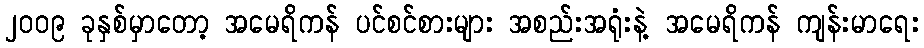
၂၀၀၉ ခုနှစ်မှာတော့ အမေရိကန် ပင်စင်စားများ အစည်းအရုံးနဲ့ အမေရိကန် ကျန်းမာရေး